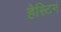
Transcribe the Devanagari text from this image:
हेस्टिगं